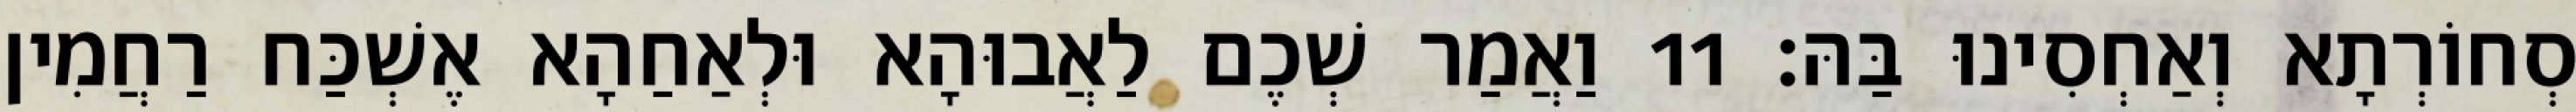
סְחוֹרְתָא וְאַחְסִינוּ בַּהּ׃ 11 וַאֲמַר שְׁכֶם לַאֲבוּהָא וּלְאַחַהָא אֶשְׁכַּח רַחֲמִין